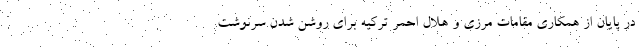
در پایان از همکاری مقامات مرزی و هلال احمر ترکیه برای روشن شدن سرنوشت